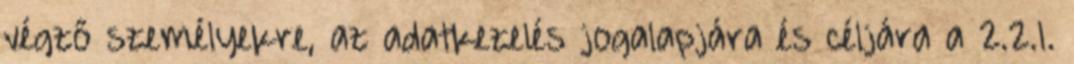
végző személyekre, az adatkezelés jogalapjára és céljára a 2.2.1.